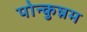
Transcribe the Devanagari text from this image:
पोन्कुन्नम